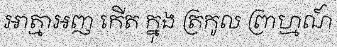
អាត្មាឣញ កើត ក្នុង ត្រកូល ព្រាហ្មណ៍